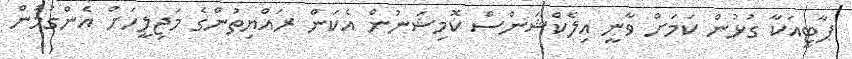
ޕާޓީއަކާ ގުޅުން ކަމަށް ވާނީ އިލެކްޝަންސް ކޮމިޝަނުން އެކަން ރައްޔިތުންގެ މަޖިލީހަށް އެންގުމުން